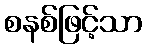
စနစ်ဖြင့်သာ